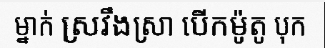
ម្នាក់ ស្រវឹងស្រា បើកម៉ូតូ បុក